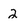
Character: 2